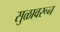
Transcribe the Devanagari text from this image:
सुळावरून